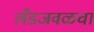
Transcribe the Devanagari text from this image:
लँडजवळचा